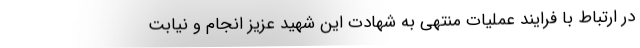
در ارتباط با فرایند عملیات منتهی به شهادت این شهید عزیز انجام و نیابت